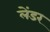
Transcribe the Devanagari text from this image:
लेंडर